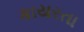
કાયરતા